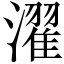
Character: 濯